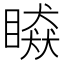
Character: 䁭